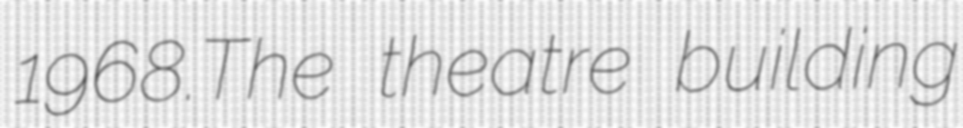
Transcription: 1968.The theatre building